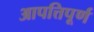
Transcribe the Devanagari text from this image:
आपत्तिपूर्ण